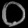
Digit: ၀